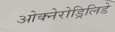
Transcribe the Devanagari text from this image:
ओक्नेरोड्रिलिडे